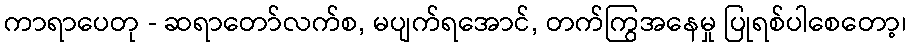
ကာရာပေတု - ဆရာတော်လက်စ, မပျက်ရအောင်, တက်ကြွအနေမှု ပြုရစ်ပါစေတော့၊